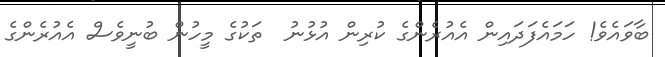
ބާވައެވެ! ހަމައެފަދައިން އެއުރެންގެ ކުރިން އުޅުނު  ތަކުގެ މީހުން ބުނީވެސް އެއުރެންގެ